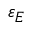
\varepsilon _ { E }